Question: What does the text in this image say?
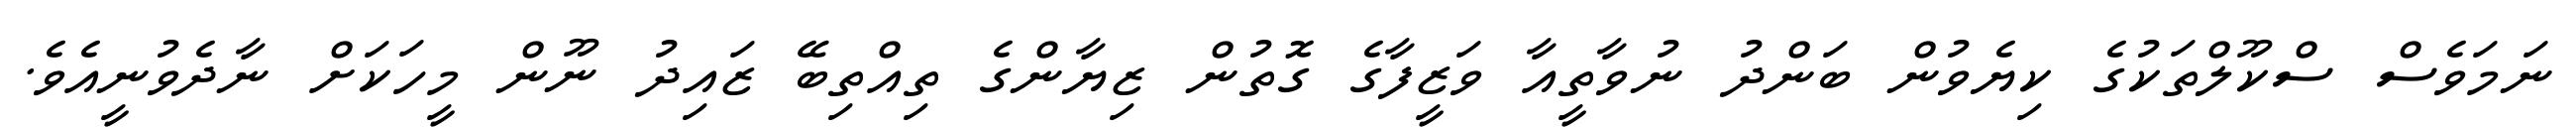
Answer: ނަމަވެސް ސްކޫލްތަކުގެ ކިޔެވުން ބަންދު ނުވާތީއާ ވަޒީފާގެ ގޮތުން ޒިޔާންގެ ތިއްތިބޭ ޒައިދު ނޫން މީހަކަށް ނާދެވުނީއެވެ.